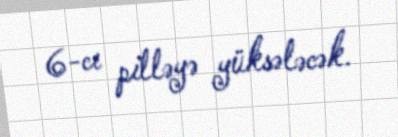
6-cı pilləyə yüksələcək.